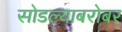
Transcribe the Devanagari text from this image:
सोडल्याबरोबर